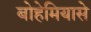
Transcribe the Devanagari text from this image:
बोहेमियासे